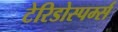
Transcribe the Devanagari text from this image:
टेरिडोस्पर्म्स